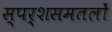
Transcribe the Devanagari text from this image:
स्पर्शसमतलों